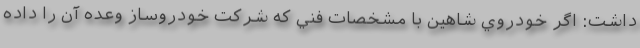
داشت: اگر خودروي شاهين با مشخصات فني كه شركت خودروساز وعده آن را داده